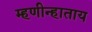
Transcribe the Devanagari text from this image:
म्हणीन्हाताय